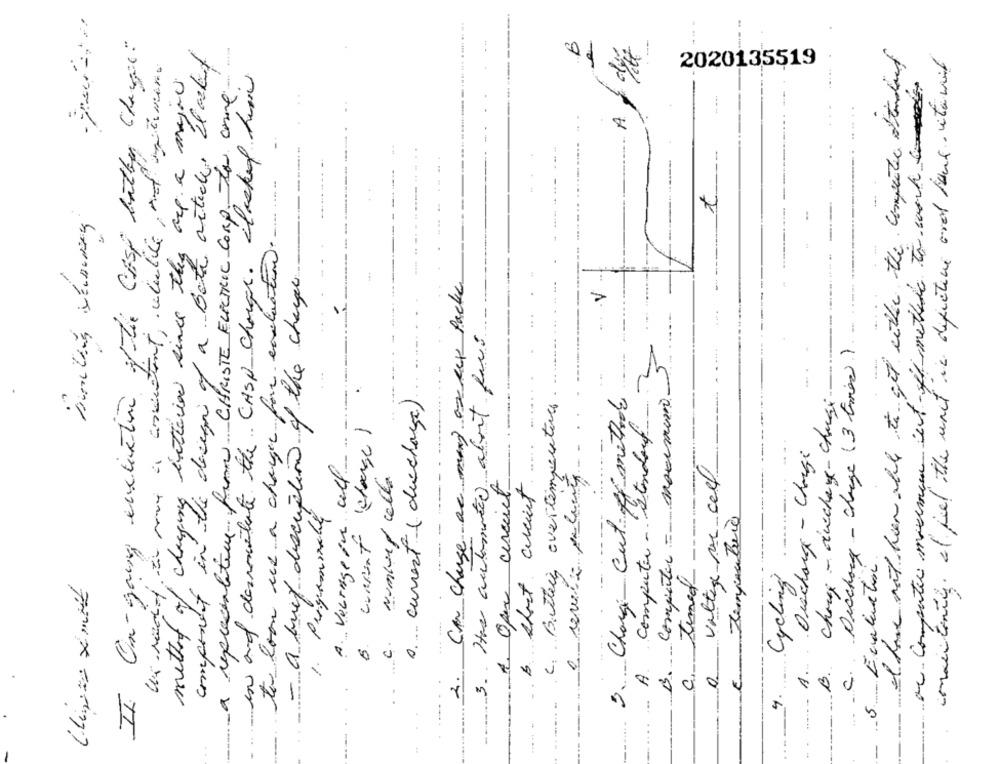
II. On-going intestine of the Cost batter Charge.
a reprecialatim from CHRISTE ELECTRIC CORP. TO come
el have not han able to get either the computer attendant
comentenily. el pel the unit in difictive ord land. utanil
component in the design of a. Both article. I asked
Unradiof à me a consistent, clubde, el miamin.
2020135519
in and desimitate the CASH charge. clasked him
interier since they are a major
de Computer namem nt- fi methere to work
.....
..
to loon ie a charge for enslactions
- a huit description of the change
Can change as many are key Packe
-
V
3. Has automated about fars
Discharge - charge (3 times))
.
1. current ( diechage).
3. Charge Cut- off methods
B. computer = maximum
c. Butter evertemperatur
computer - standard
B. chrue- auchage-chusi
--
current (change )
A Discharge - Charge
A. Voltage in all
a volteje su cell
Number/ calla
1. Oper circuit
B. short circuit
method of changing
-
C. temed
E Temperatura
-
---
5 Evaluation
Cycling
6.
C.
C.
A.
2.
4.
-.
--
-
-